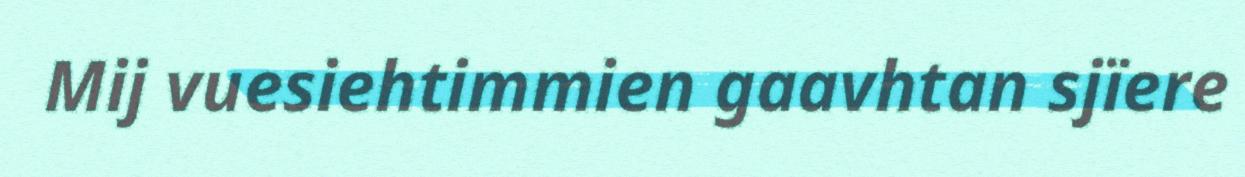
Mij vuesiehtimmien gaavhtan sjïere